Scottish Leaving Certificate Examination, 1954
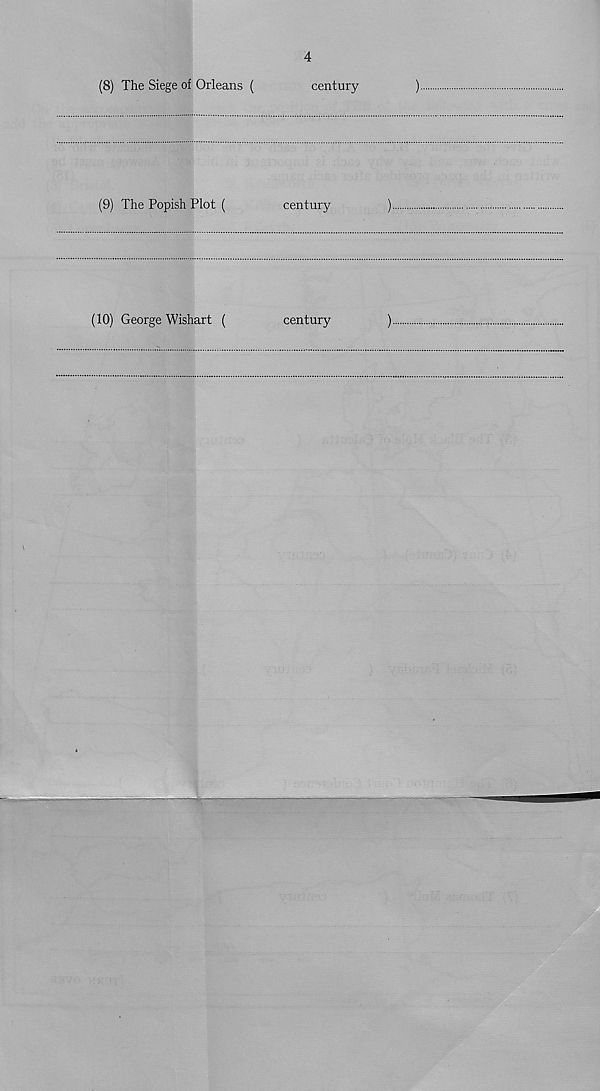
4
(8)
The Siege of Orleans (
century
(9)
The Popish Plot (
century
(10)
George Wishart (
century